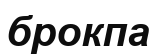
брокпа